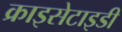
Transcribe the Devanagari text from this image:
क्राइसेटाइडी